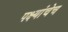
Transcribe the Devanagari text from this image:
पक्ष्यांचेच